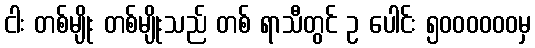
ငါး တစ်မျိုး တစ်မျိုးသည် တစ် ရာသီတွင် ဥ ပေါင်း ၅၀၀၀၀၀၀မှ